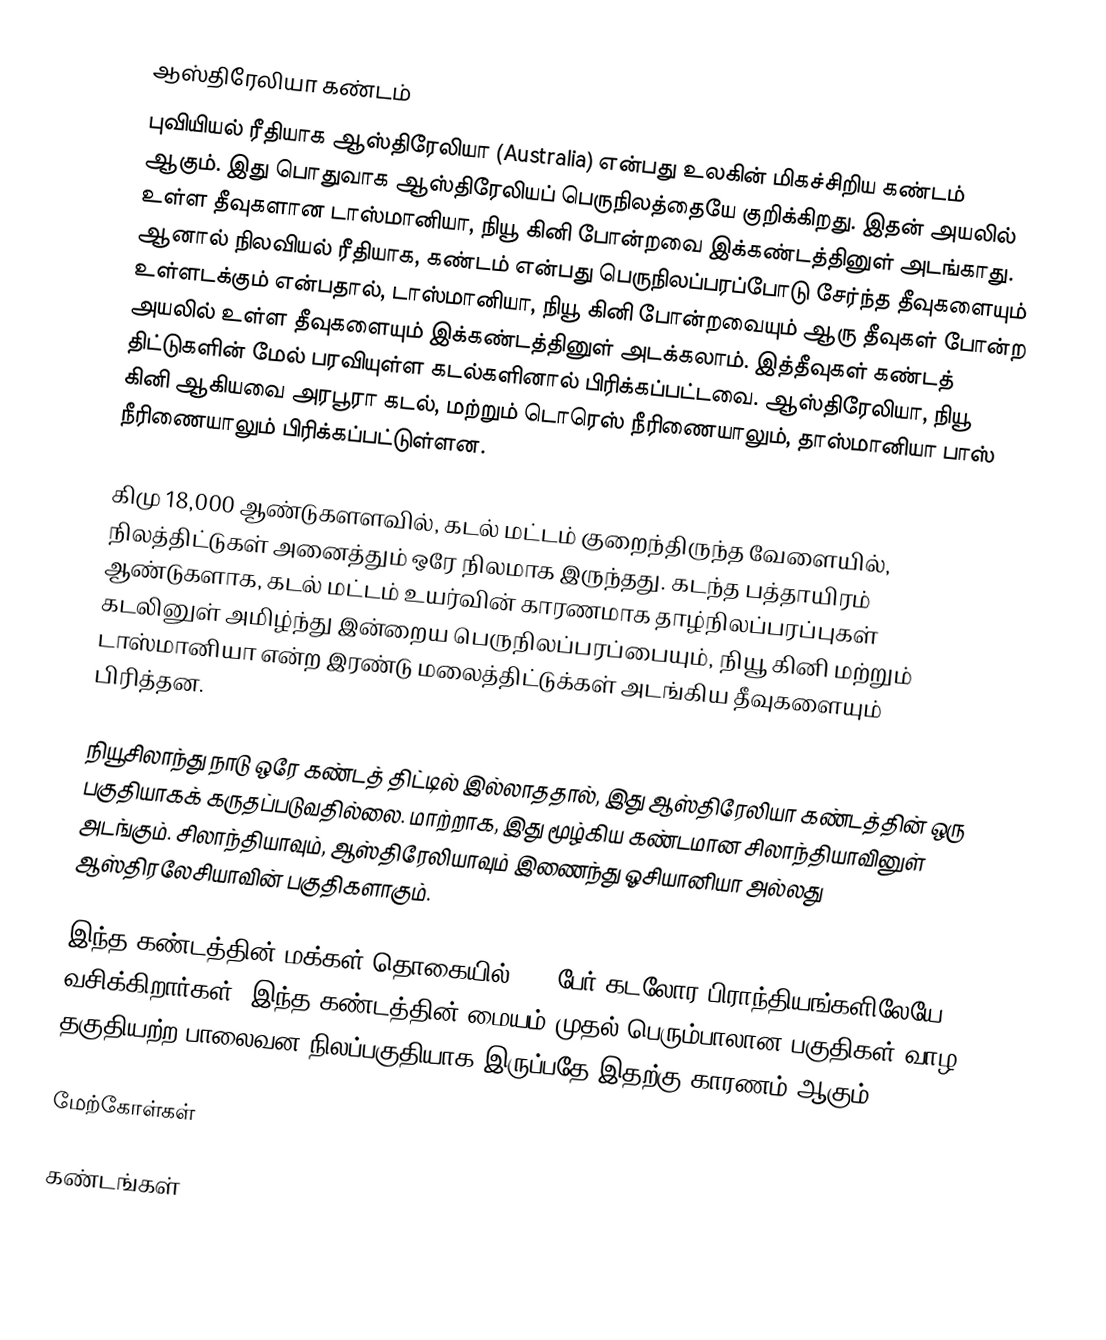
ஆஸ்திரேலியா கண்டம்
புவியியல் ரீதியாக ஆஸ்திரேலியா (Australia) என்பது உலகின் மிகச்சிறிய கண்டம் ஆகும். இது பொதுவாக ஆஸ்திரேலியப் பெருநிலத்தையே குறிக்கிறது. இதன் அயலில் உள்ள தீவுகளான டாஸ்மானியா, நியூ கினி போன்றவை இக்கண்டத்தினுள் அடங்காது. ஆனால் நிலவியல் ரீதியாக, கண்டம் என்பது பெருநிலப்பரப்போடு சேர்ந்த தீவுகளையும் உள்ளடக்கும் என்பதால், டாஸ்மானியா, நியூ கினி போன்றவையும் ஆரு தீவுகள் போன்ற அயலில் உள்ள தீவுகளையும் இக்கண்டத்தினுள் அடக்கலாம். இத்தீவுகள் கண்டத் திட்டுகளின் மேல் பரவியுள்ள கடல்களினால் பிரிக்கப்பட்டவை. ஆஸ்திரேலியா, நியூ கினி ஆகியவை அரபூரா கடல், மற்றும் டொரெஸ் நீரிணையாலும், தாஸ்மானியா பாஸ் நீரிணையாலும் பிரிக்கப்பட்டுள்ளன.

கிமு 18,000 ஆண்டுகளளவில், கடல் மட்டம் குறைந்திருந்த வேளையில், நிலத்திட்டுகள் அனைத்தும் ஒரே நிலமாக இருந்தது. கடந்த பத்தாயிரம் ஆண்டுகளாக, கடல் மட்டம் உயர்வின் காரணமாக தாழ்நிலப்பரப்புகள் கடலினுள் அமிழ்ந்து இன்றைய பெருநிலப்பரப்பையும், நியூ கினி மற்றும் டாஸ்மானியா என்ற இரண்டு மலைத்திட்டுக்கள் அடங்கிய தீவுகளையும் பிரித்தன.

நியூசிலாந்து நாடு ஒரே கண்டத் திட்டில் இல்லாததால், இது ஆஸ்திரேலியா கண்டத்தின் ஒரு பகுதியாகக் கருதப்படுவதில்லை. மாற்றாக, இது மூழ்கிய கண்டமான சிலாந்தியாவினுள் அடங்கும். சிலாந்தியாவும், ஆஸ்திரேலியாவும் இணைந்து ஓசியானியா அல்லது ஆஸ்திரலேசியாவின் பகுதிகளாகும்.

இந்த கண்டத்தின் மக்கள் தொகையில் 82% பேர் கடலோர பிராந்தியங்களிலேயே வசிக்கிறார்கள். இந்த கண்டத்தின் மையம் முதல் பெரும்பாலான பகுதிகள் வாழ தகுதியற்ற பாலைவன நிலப்பகுதியாக இருப்பதே இதற்கு காரணம் ஆகும்.

மேற்கோள்கள்

கண்டங்கள்